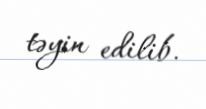
təyin edilib.